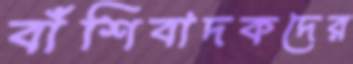
বাঁশিবাদকদের